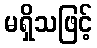
မရှိသဖြင့်